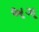
અગ